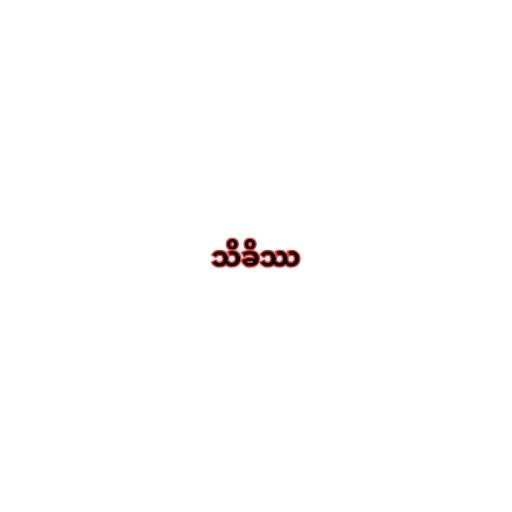
သိခိဿ